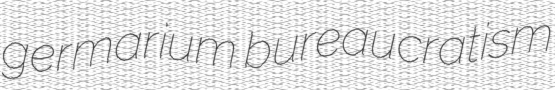
germarium bureaucratism